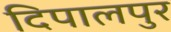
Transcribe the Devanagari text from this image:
दिपालपुर